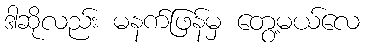
ဒါဆိုလည်း မနက်ဖြန်မှ တွေ့မယ်လေ